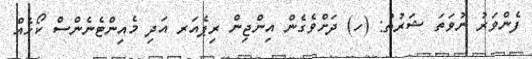
ފެންވަރު ނުވަތަ ޝަރުޠު: (ހ) ދަށްވެގެން އިންޖިން ރިޕެއަރ އަދި މެއިންޓެނެންސް ކޯހެއް